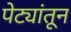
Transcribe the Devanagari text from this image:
पेट्यांतून